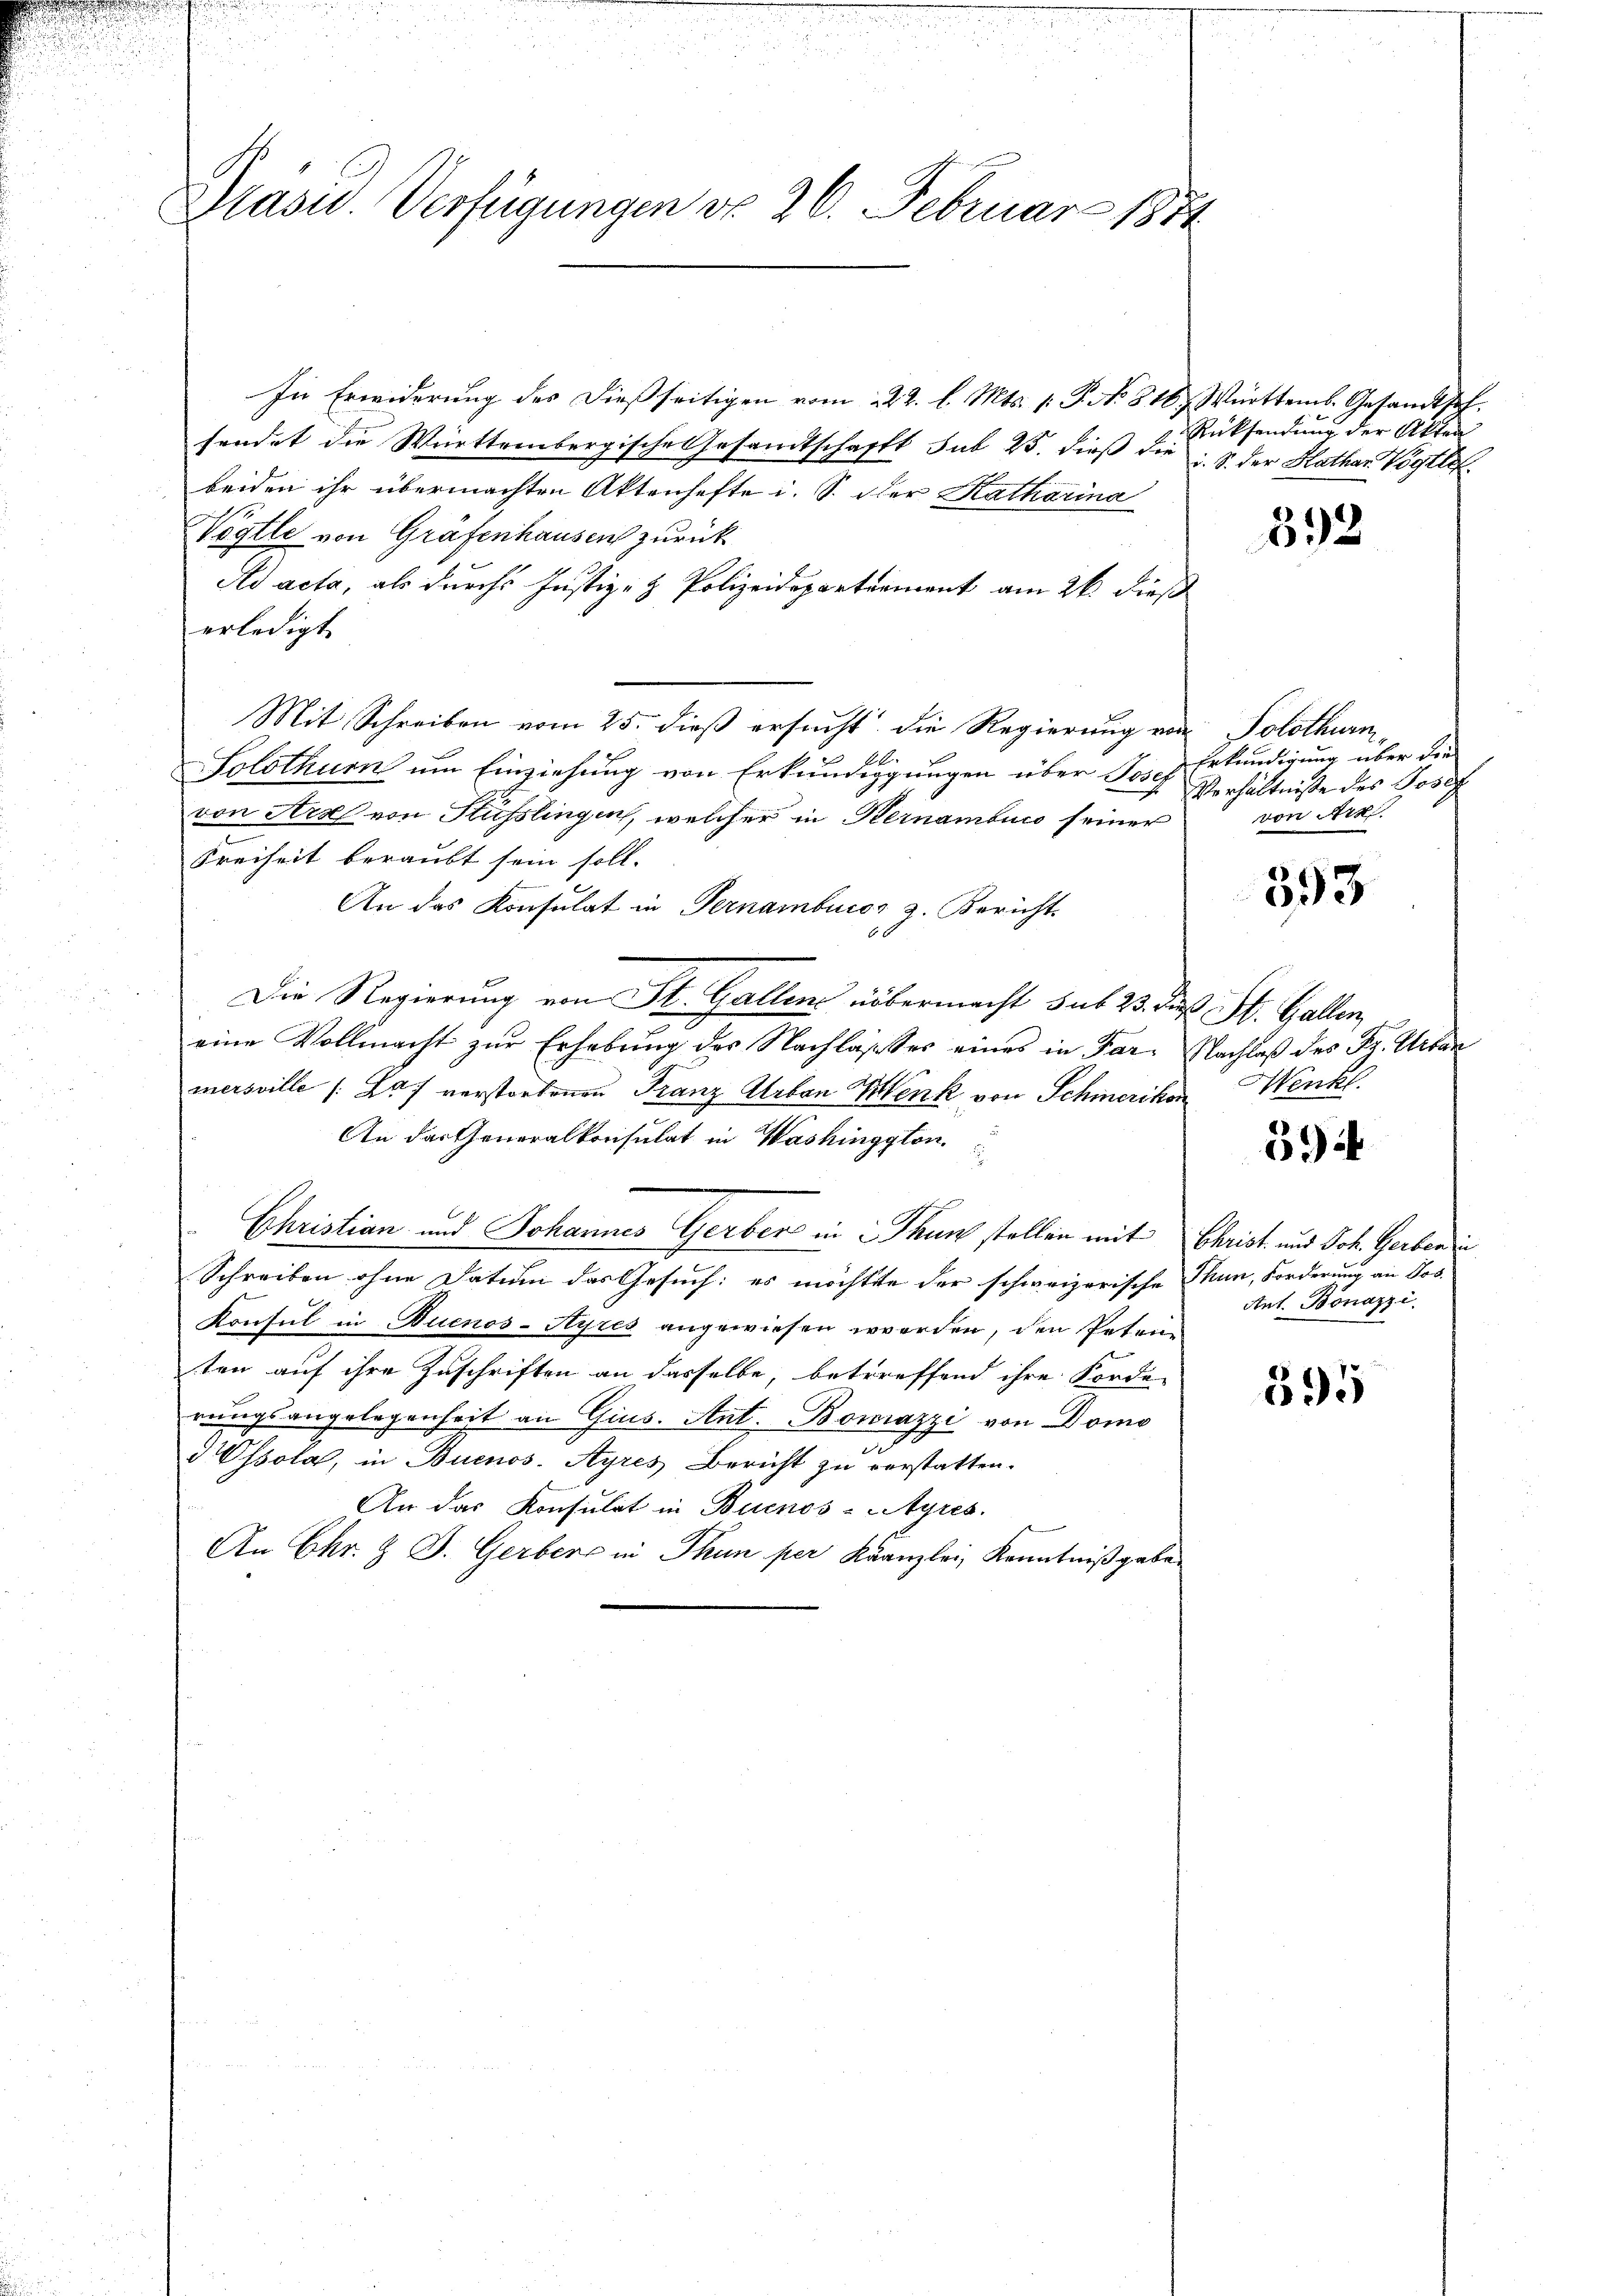
.
.

Präsid.. Verfügungen do 26. Februar 1874

In Erwiderung des dießseitigen vom 22. l. Mts. 1. P. Nr. 816 Württems. Gesandtsch.
sendet die Württembergische Gesandtschafft sub 25. dieß die u. S. der Kathar Vögtli
beiden ihr übermachten Aktenhefte i. S. der Katharina
Vogtle von Gräfenhausen zurück
Ad acta, als durch Justiz- & Polizeidepartement am 26. dieß
erledigt.
Mit Schreiben vom 25. dieß ersucht die Regierung von Solothurn,
A
Solothur um Einziehung von Erkundigungen über Josef Erkundigung über die
von Art von Hüsslingen, welcher in Kernambuc seiner
Freiheit beraubt sein soll.
An das Konsulat in Pernamburor 2. Bericht
6x
Die Regierung von St. Gallens übermacht sub 23. daß St. Gallen,
eine Vollmacht zur Erhebung der Nachlasser eines in Far- Nachlaß des Fr. Urbar
mersville (Buf verstorbenen Franz Urban Menk von Schmerikon Winkl
An das Generalkonsulat in Washingston.
Christian und Johannes Gerber in Thun stellen mit Christ und Joh. Gerberi
Schreiben ohne Datum das Gesuch: es möchtete der schweizerische Thun, Forderung an Jos.
Konsul in Buenos-Ayres angewiesen werden, den Peten
ten auf ihre Zuschriften an dasselbe, betreffend ihre Forde
rungsangelegenheit an Gius. Ant. Bomazzi von Domo
1
Ossola, in Buenos-Ayres Bericht zu verstatten.
An das Konsulat in Buenos-Ayres.
r
An Chr. & J. Gerber in Thun per Kanzlei Kenntniß geben

Rücksendung der Akten

592

Verhältniße des Josef
von Art.

393

39

Ant. Bonazzi

595